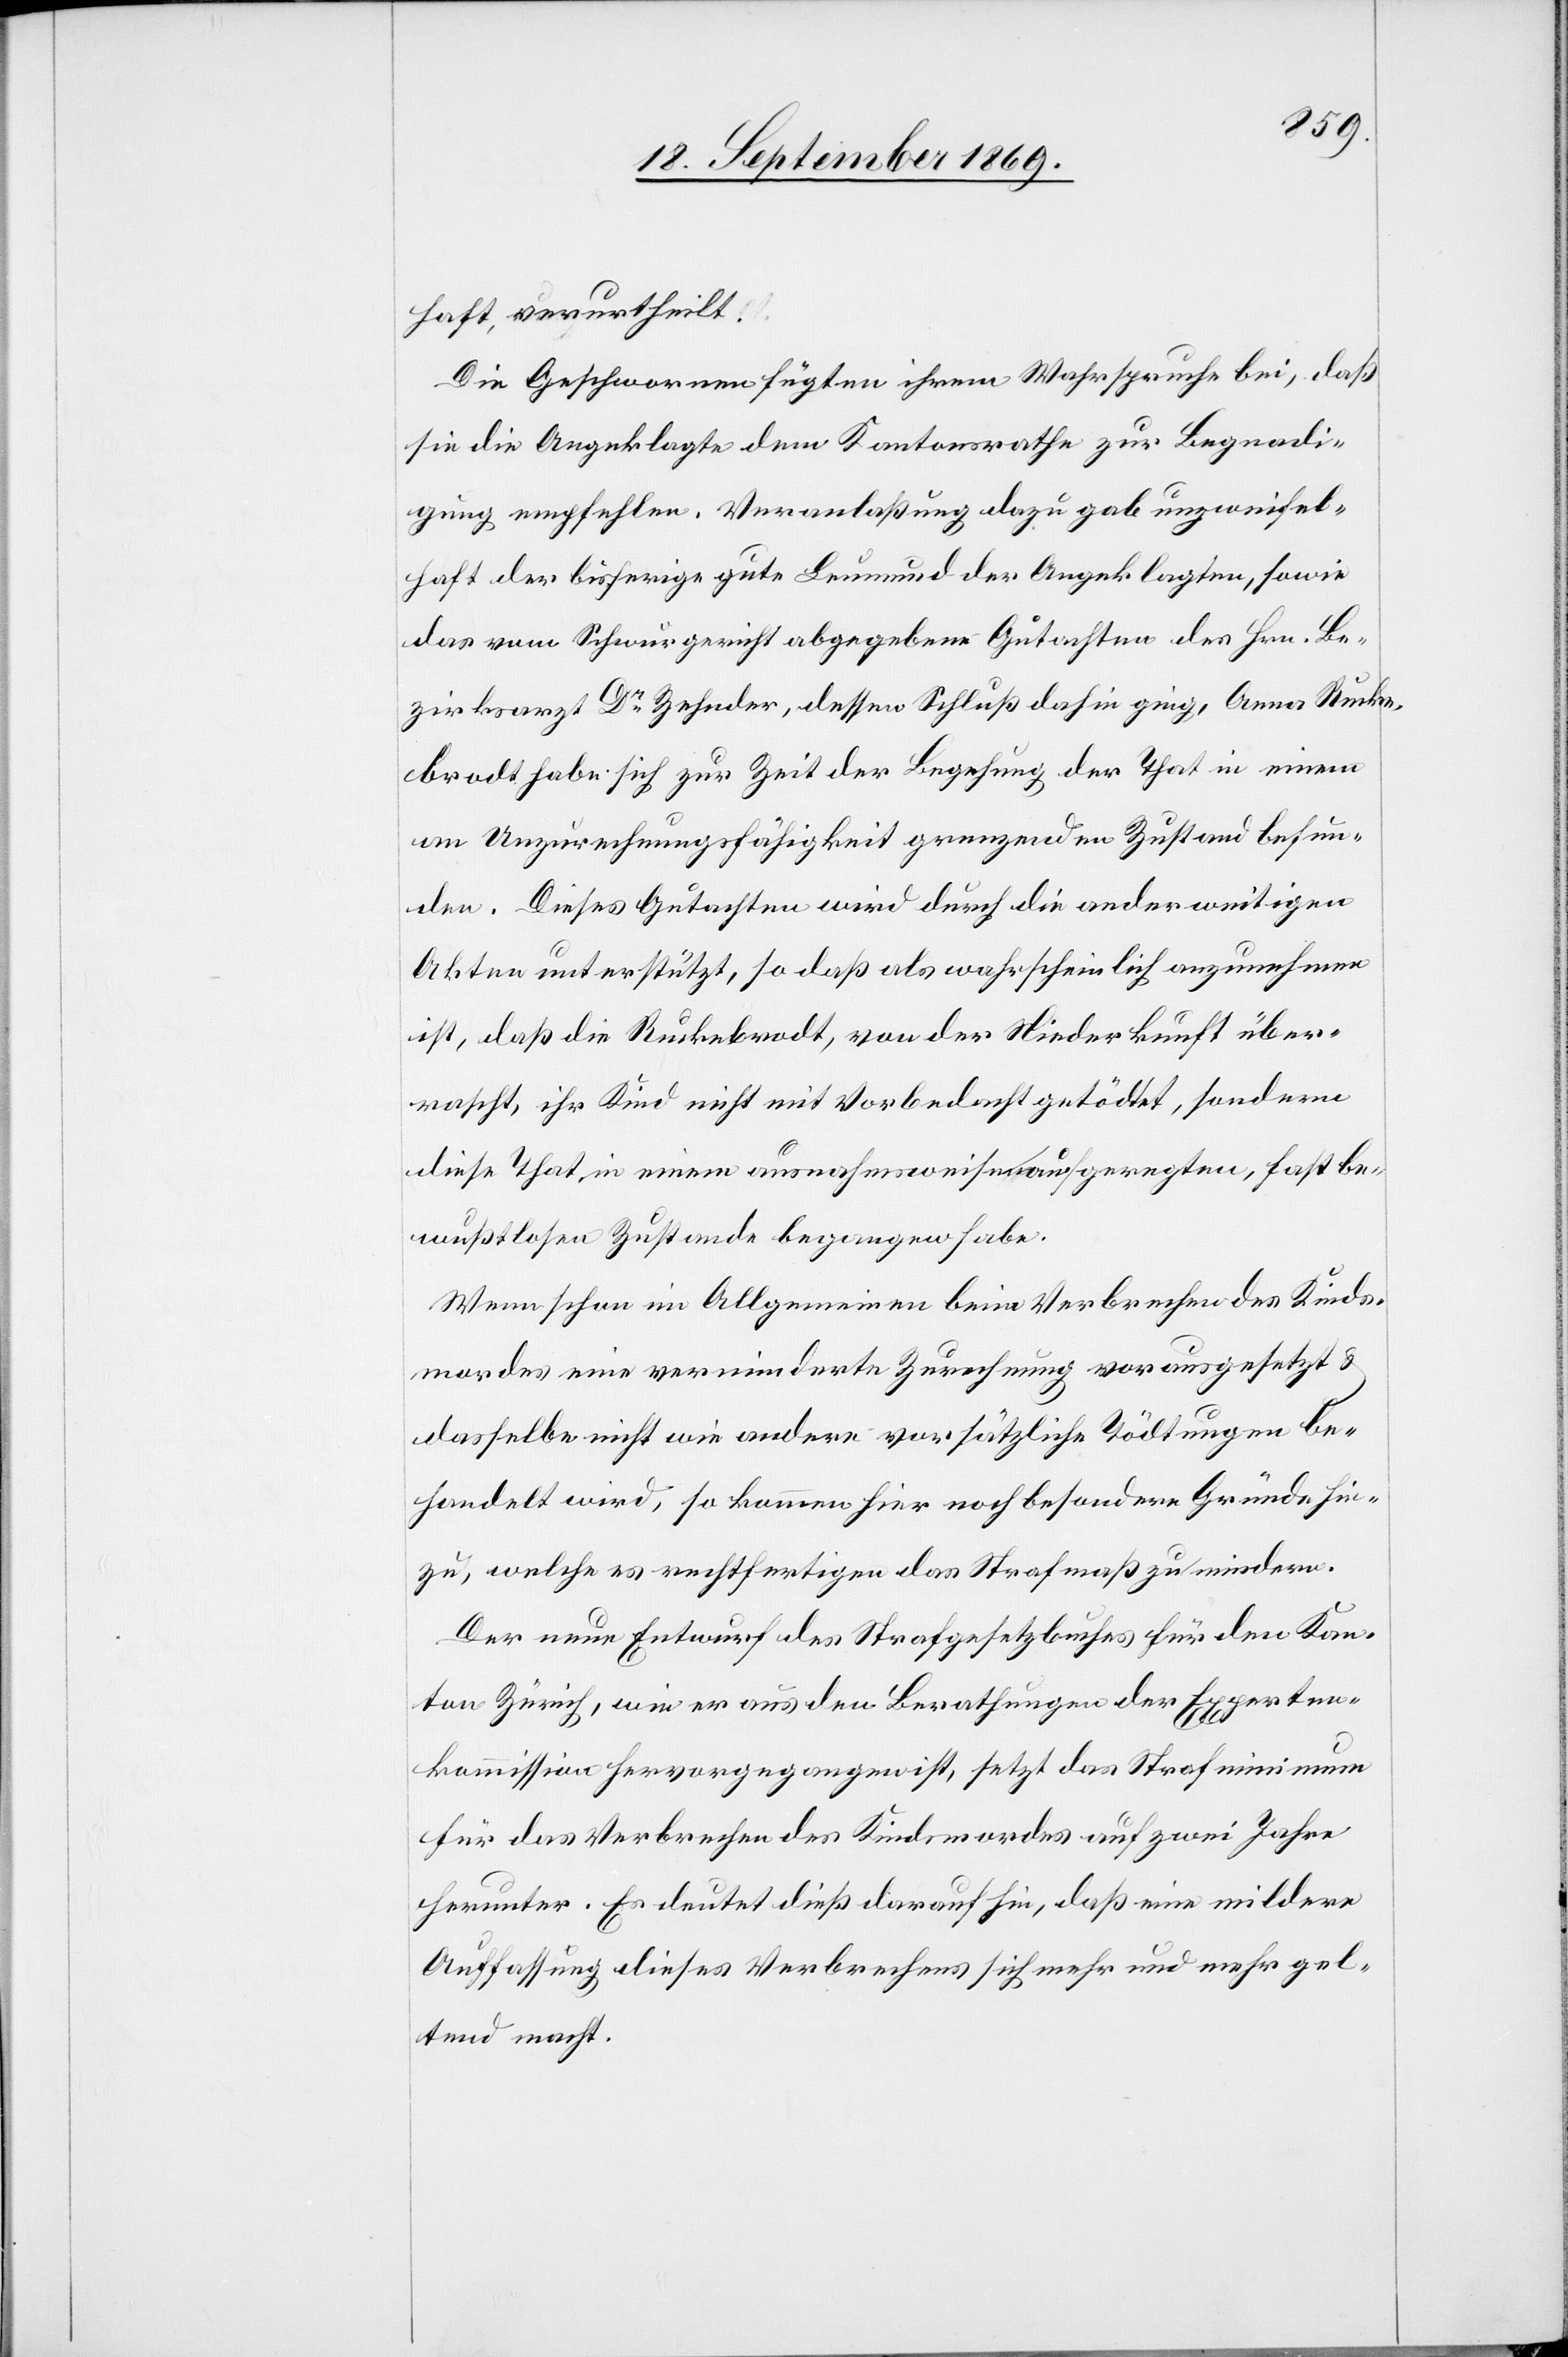
haft, verurtheilt.
Die Geschwornen fügten ihrem Wahrspruche bei, daß
sie die Angeklagte dem Kantonsrathe zur Begnadi¬
gung empfehlen. Veranlaßung dazu gab unzweifel¬
haft der bisherige gute Leumund der Angeklagten, sowie
das vom Schwurgericht abgegebene Gutachten des Hrn. Be¬
zirksarzt Dr Zehnder, dessen Schluß dahin ging, Anna Rucke¬
brodt habe sich zur Zeit der Begehung der That in einem
an Unzurechnungsfähigkeit grenzenden Zustand befun¬
den. Dieses Gutachten wird durch die anderweitigen
Akten unterstützt, so daß als wahrscheinlich anzunehmen
ist, daß die Ruckebrodt, von der Niederkunft über¬
rascht, ihr Kind nicht mit Vorbedacht getödtet, sondern
diese That in einem ausnahmsweise aufgeregten, fast be¬
wußtlosen Zustande begangen habe.
Wenn schon im Allgemeinen beim Verbrechen des Kinds¬
mordes eine verminderte Zurechnung vorausgesetzt &
dasselbe nicht wie andere vorsätzliche Tödtungen be¬
handelt wird, so kommen hier noch besondere Gründe hin¬
zu, welche es rechtfertigen das Strafmaß zu mindern.
Der neue Entwurf des Strafgesetzbuches für den Kan¬
ton Zürich, wie er aus den Berathungen der Experten¬
kommission hervorgegangen ist, setzt das Strafminimum
für das Verbrechen des Kindsmordes auf zwei Jahre
herunter. Es deutet dieß darauf hin, daß eine mildere
Auffassung dieses Verbrechens sich mehr und mehr gel¬
tend macht.